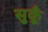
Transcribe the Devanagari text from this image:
सुकूँ